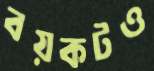
বয়কটও